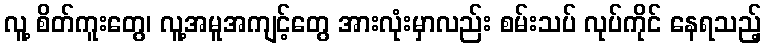
လူ့ စိတ်ကူးတွေ၊ လူ့အမူအကျင့်တွေ အားလုံးမှာလည်း စမ်းသပ် လုပ်ကိုင် နေရသည့်